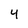
Character: 4